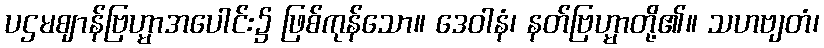
ပဌမဈာန်ဗြဟ္မာအပေါင်း၌ ဖြစ်ကုန်သော။ ဒေဝါနံ၊ နတ်ဗြဟ္မာတို့၏။ သဟဗျတံ၊